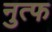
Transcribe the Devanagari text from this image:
नुत्फ